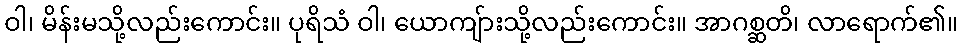
ဝါ၊ မိန်းမသို့လည်းကောင်း။ ပုရိသံ ဝါ၊ ယောကျ်ားသို့လည်းကောင်း။ အာဂစ္ဆတိ၊ လာရောက်၏။